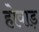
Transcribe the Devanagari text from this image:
होवाड़